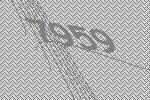
7959